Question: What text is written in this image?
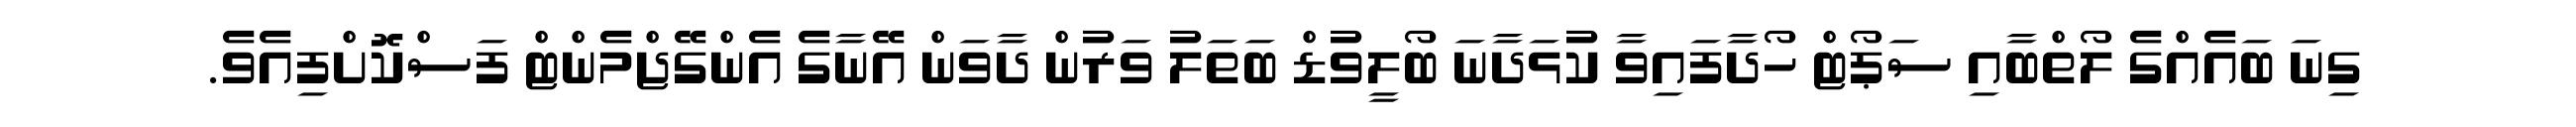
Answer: ގިނަ ބައެއްގެ ލޯތްބާއި ސަޕޯޓް ހޯދާފައިވާ ކުޅަދާނަ ބޯލީވުޑް ބަތަލު ވަރުން ދާވަން އޭނާގެ އެންގޭޖްމެންޓް ފަސްކޮށްފިއެވެ.